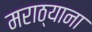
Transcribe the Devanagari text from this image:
मराठ्याना